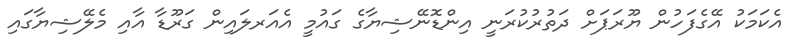
އެކަމަކު އޭގެފަހުން ޔޫރަޕަށް ދަތުރުކުރަނީ އިންޑޮނޭޝިޔާގެ ގައުމީ އެއަރލައިން ގަރޫޑާ އާއި މެލޭޝިޔާގައި